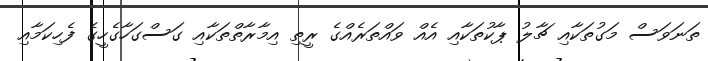
ތަނަވަސް މަގުތަކާއި ޗާލު ޕާކުތަކާއި އެއް ވައްތަރެއްގެ ރީތި އިމާރާތްތަކާއި ގަސްގަހާގެހީގެ ފެހިކަމާއި